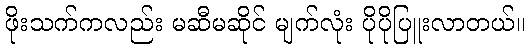
ဖိုးသက်ကလည်း မဆီမဆိုင် မျက်လုံး ပိုပိုပြူးလာတယ်။